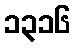
၁၃၁၆